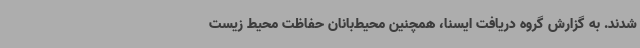
شدند. به گزارش گروه دریافت ایسنا، همچنین محیط‌بانان حفاظت محیط زیست